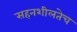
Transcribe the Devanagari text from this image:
सहनशीलतेच